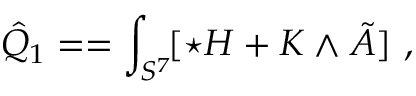
\hat { Q } _ { 1 } = = \int _ { S ^ { 7 } } \! [ \star H + K \wedge \tilde { A } ] \ ,